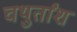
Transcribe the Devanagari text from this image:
चथुर्तांश